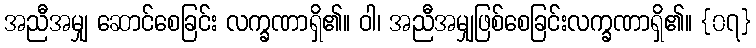
အညီအမျှ ဆောင်စေခြင်း လက္ခဏာရှိ၏။ ဝါ၊ အညီအမျှဖြစ်စေခြင်းလက္ခဏာရှိ၏။ {၀၇}